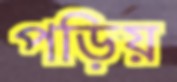
পড়িয়